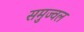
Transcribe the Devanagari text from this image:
समुज्वल